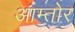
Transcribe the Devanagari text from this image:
आम्तोर